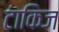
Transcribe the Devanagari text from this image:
टाकिज